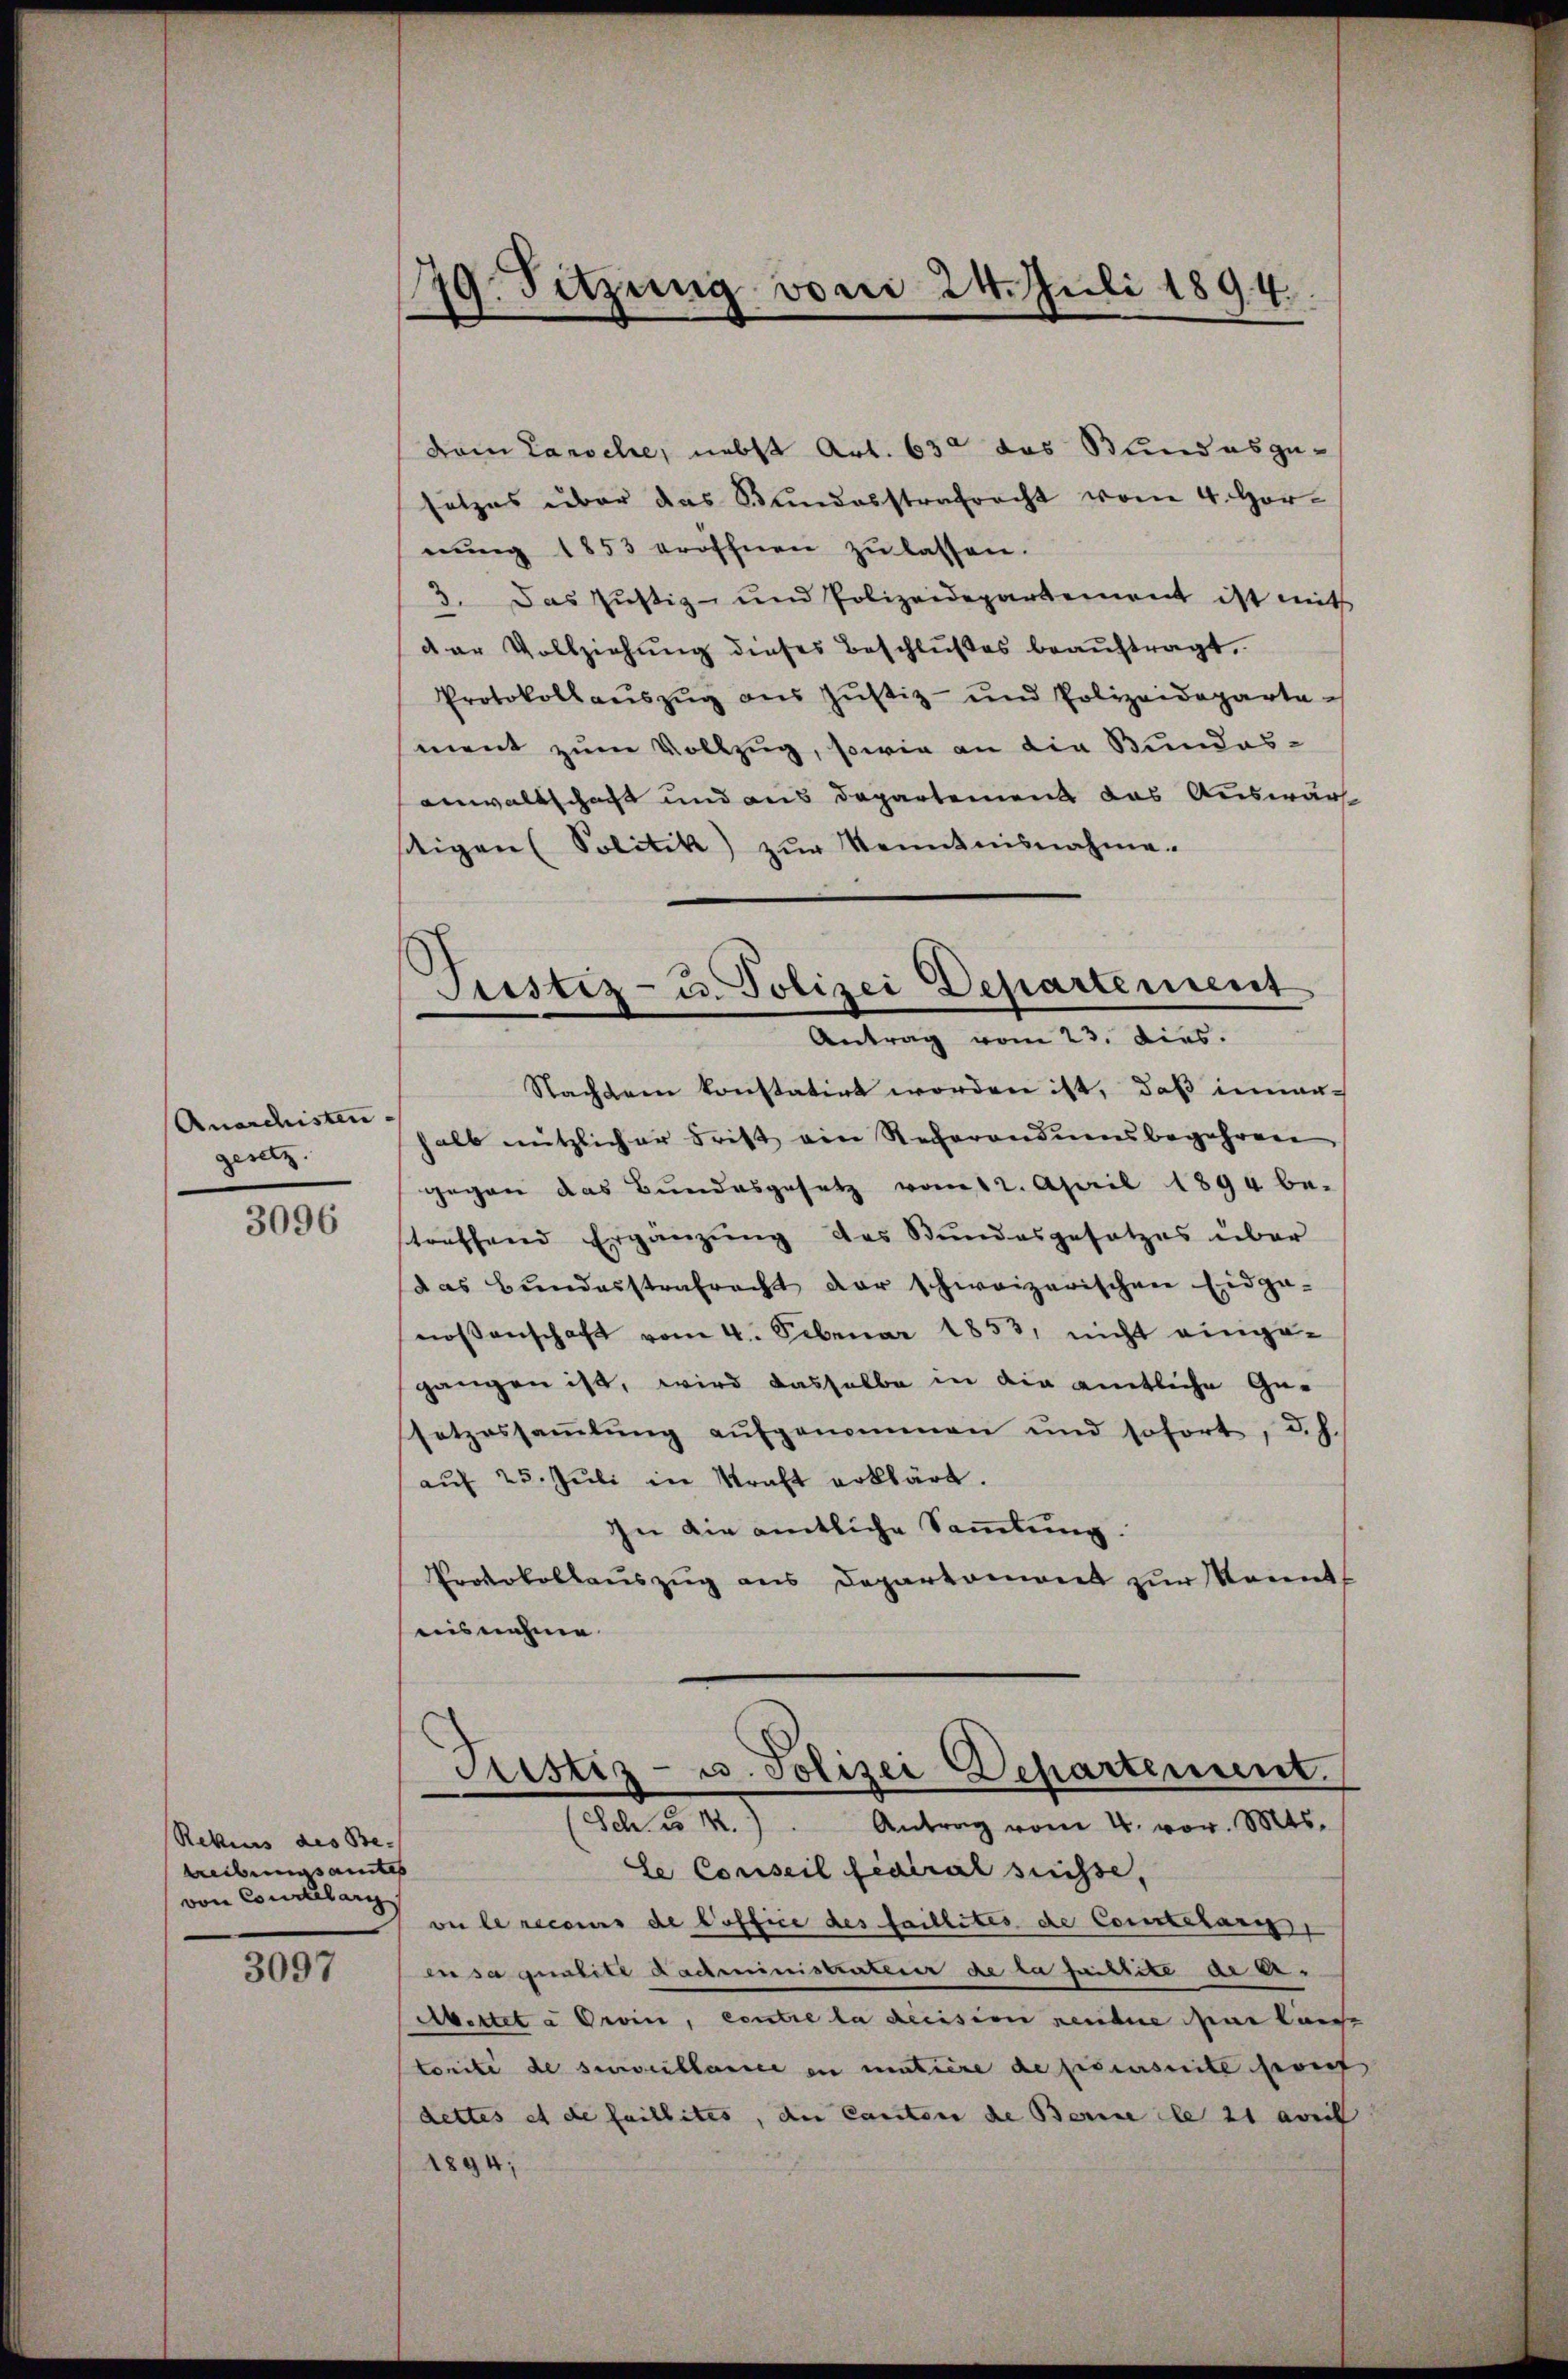
Anarchisten- |
gesetz.

3096

Rekurs des Be- |
Treibungsamtes
von Conclelarg

3097

79. Sitzung von 24. Juli 1894.

Pustiz- u. Polizei Departement
Antrag vom 23. Dies.

vom Lansehe, nebst Art. 65 das Bundesge-
setzes über das Bundesstrafrecht vom 4. Hornung 1853 eröffnen zu lassen.
3. Das Justiz- und Polizeidepartement ist mit
der Vollziehung dieses Beschlußes beaŭftragt,
Protokollaŭszŭg aŭs Jŭstiz- und Polizeideparte
ment zum Vollzug, sowie an die Bundesanwaltschaft und aus Departement das Auswär
stigen (Politik) zŭr Kenntnisnahme.
Nachdem konstatirt worden ist, daß inner-
halb nützlicher Frist ein Recherandumsbegehren
gegen das Bundesgesetz vom 12. April 1894 be-
treffend Ergänzung des Bundesgesetzes über
das Bŭndesstrafrecht der schweizerischen Eidge-
nossenschaft vom 4. Februar 1853, nicht einge-
gangen ist, wird dasselbe in die amtliche Gusetzessaṁlŭng aŭfgenommen und sofort, d. J.
aŭf 25. Jŭli in Kraft erklärt.
In die amtliche Sammlung.
Protokollauszug aus Departemont zur Kennt
uisnehme
Justiz- u. Polizei Departement.
(Sch. u k.). Antrag vom 4. vor. Mts.
le Conseil fédéral süsse,
oer le recours de Poffice des faillites de Constelar
en sa qualité administrateur de la faillite alte.
Mettet a Orvin, contre la decision rendere sur lan
torité de surveillarice in matière deficierseite hief
dettes et de faillites, der Cantone die Berne le 21 aveil
1894;